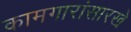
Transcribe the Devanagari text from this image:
कामगारांसारखे